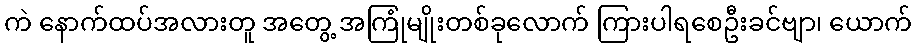
ကဲ နောက်ထပ်အလားတူ အတွေ့ အကြုံမျိုးတစ်ခုလောက် ကြားပါရစေဦးခင်ဗျာ၊ ယောက်